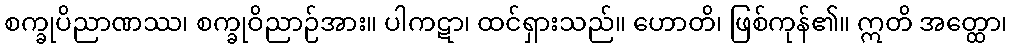
စက္ခုပိညာဏဿ၊ စက္ခုဝိညာဉ်အား။ ပါကဋာ၊ ထင်ရှားသည်။ ဟောတိ၊ ဖြစ်ကုန်၏။ ဣတိ အတ္ထော၊